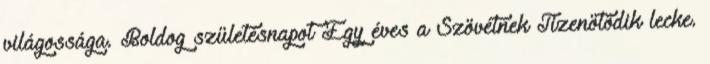
világossága. Boldog születésnapot Egy éves a Szövétnek Tizenötödik lecke.